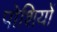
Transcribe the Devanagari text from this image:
पोशियों